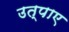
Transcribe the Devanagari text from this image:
उत्पाए